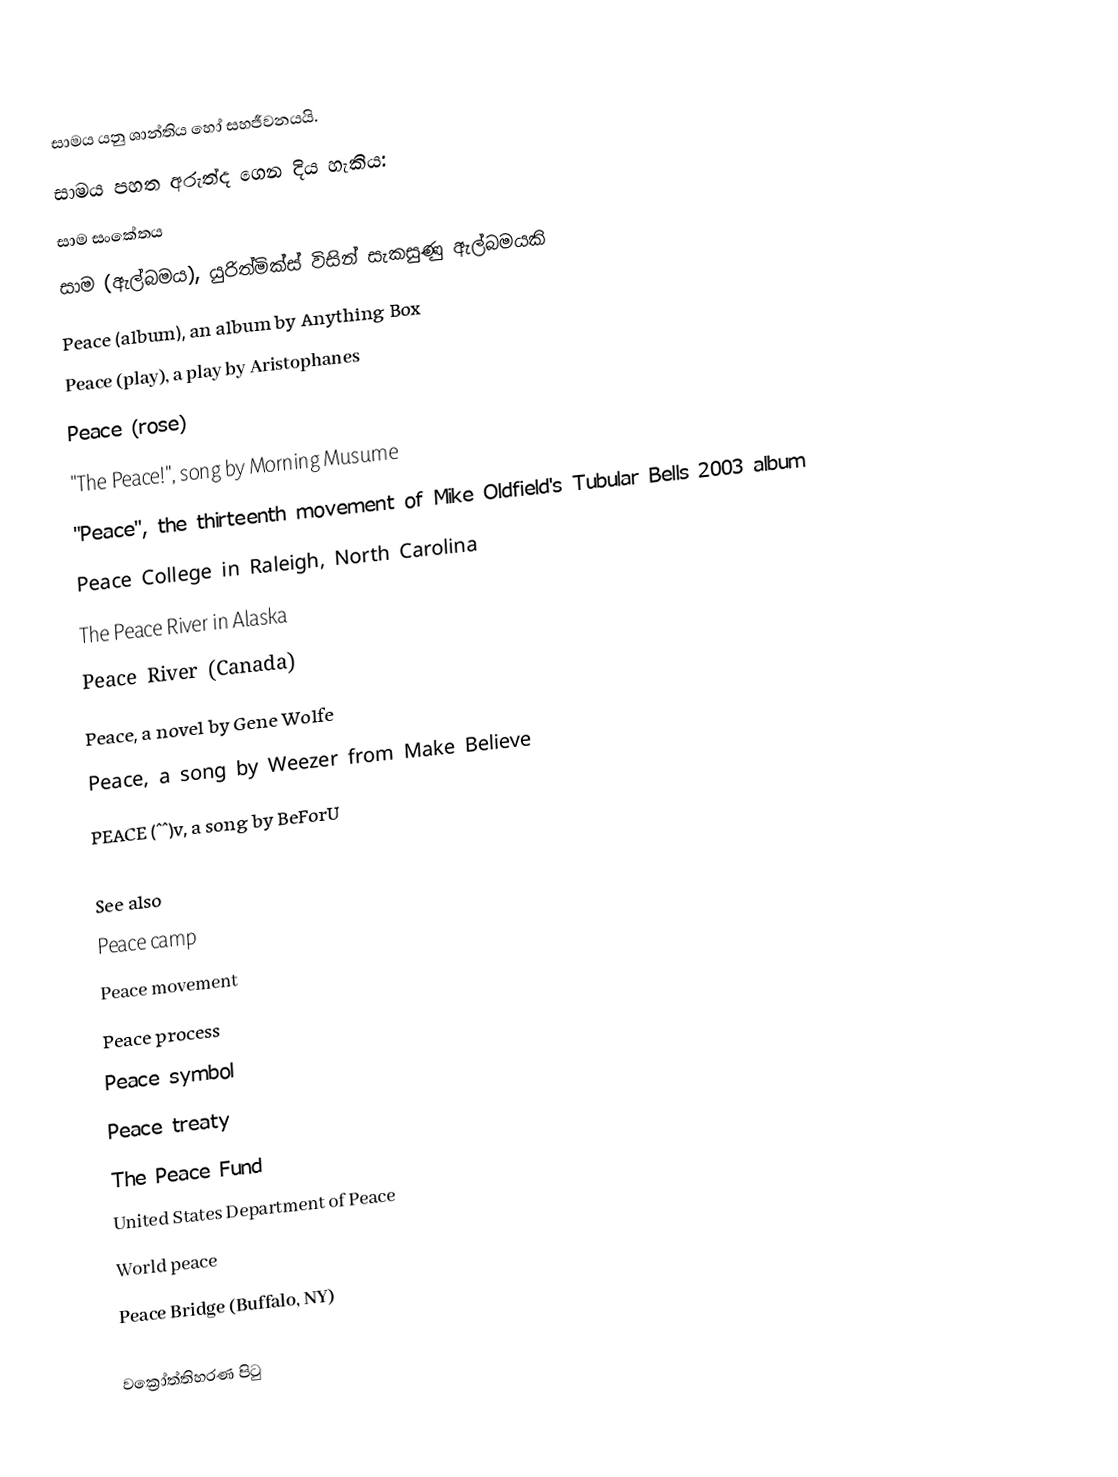
සාමය යනු  ශාන්තිය හෝ සහජීවනයයි.
සාමය පහත අරුත්ද ගෙන දිය හැකිය:
 සාම සංකේතය
 සාම (ඇල්බමය), යුරිත්මික්ස් විසින් සැකසුණු ඇල්බමයකි
 Peace (album), an album by Anything Box
 Peace (play), a play by Aristophanes
 Peace (rose)
 "The Peace!", song by Morning Musume
 "Peace", the thirteenth movement of Mike Oldfield's Tubular Bells 2003 album
 Peace College in Raleigh, North Carolina
 The Peace River in Alaska
 Peace River (Canada)
 Peace, a novel by Gene Wolfe
 Peace, a song by Weezer from Make Believe
 PEACE (^^)v, a song by BeForU

See also
 Peace camp
 Peace movement
 Peace process
 Peace symbol
 Peace treaty
The Peace Fund
 United States Department of Peace
 World peace
 Peace Bridge (Buffalo, NY)

වක්‍රෝත්තිහරණ පිටු